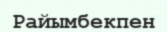
Райымбекпен